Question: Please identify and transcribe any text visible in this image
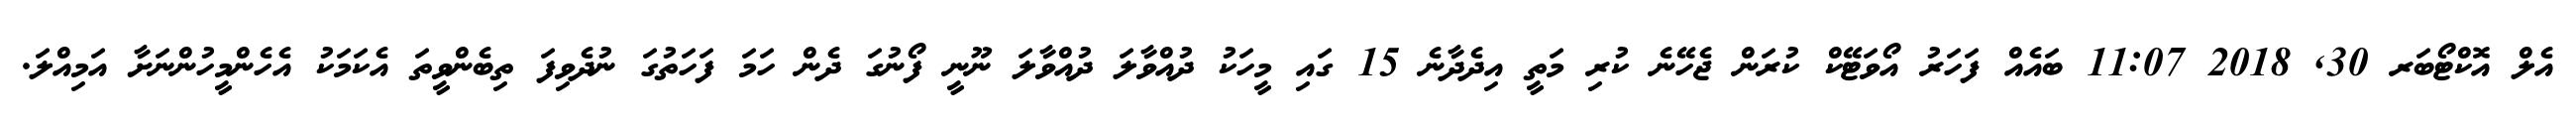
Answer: އެލް އޮކްޓޯބަރ 30, 2018 11:07 ބައެއް ފަހަރު އޯވަޓޭކް ކުރަން ޖެހޭނެ ކުރި މަތީ އިދެދާނެ 15 ގައި މީހަކު ދުއްވާލަ ދުއްވާލަ ނޫނީ ފޯނުގަ ދެން ހަމަ ފަހަތުގަ ނުދެވިފަ ތިބެންވީތަ އެކަމަކު އެހެންމީހުންނަށާ އަމިއްލަ.